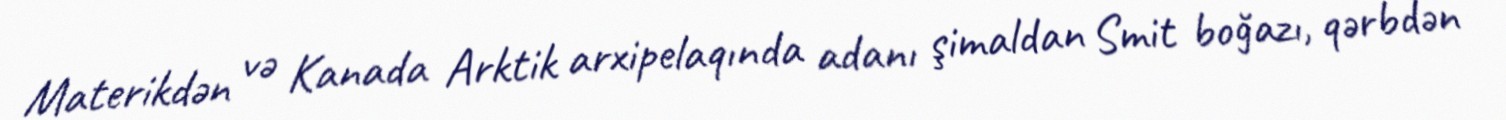
Materikdən və Kanada Arktik arxipelaqında adanı şimaldan Smit boğazı, qərbdən